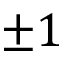
\pm 1